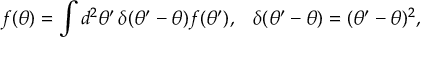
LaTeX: f ( \theta ) = \int d ^ { 2 } \theta ^ { \prime } \, \delta ( \theta ^ { \prime } - \theta ) f ( \theta ^ { \prime } ) , \; \; \; \delta ( \theta ^ { \prime } - \theta ) = ( \theta ^ { \prime } - \theta ) ^ { 2 } ,